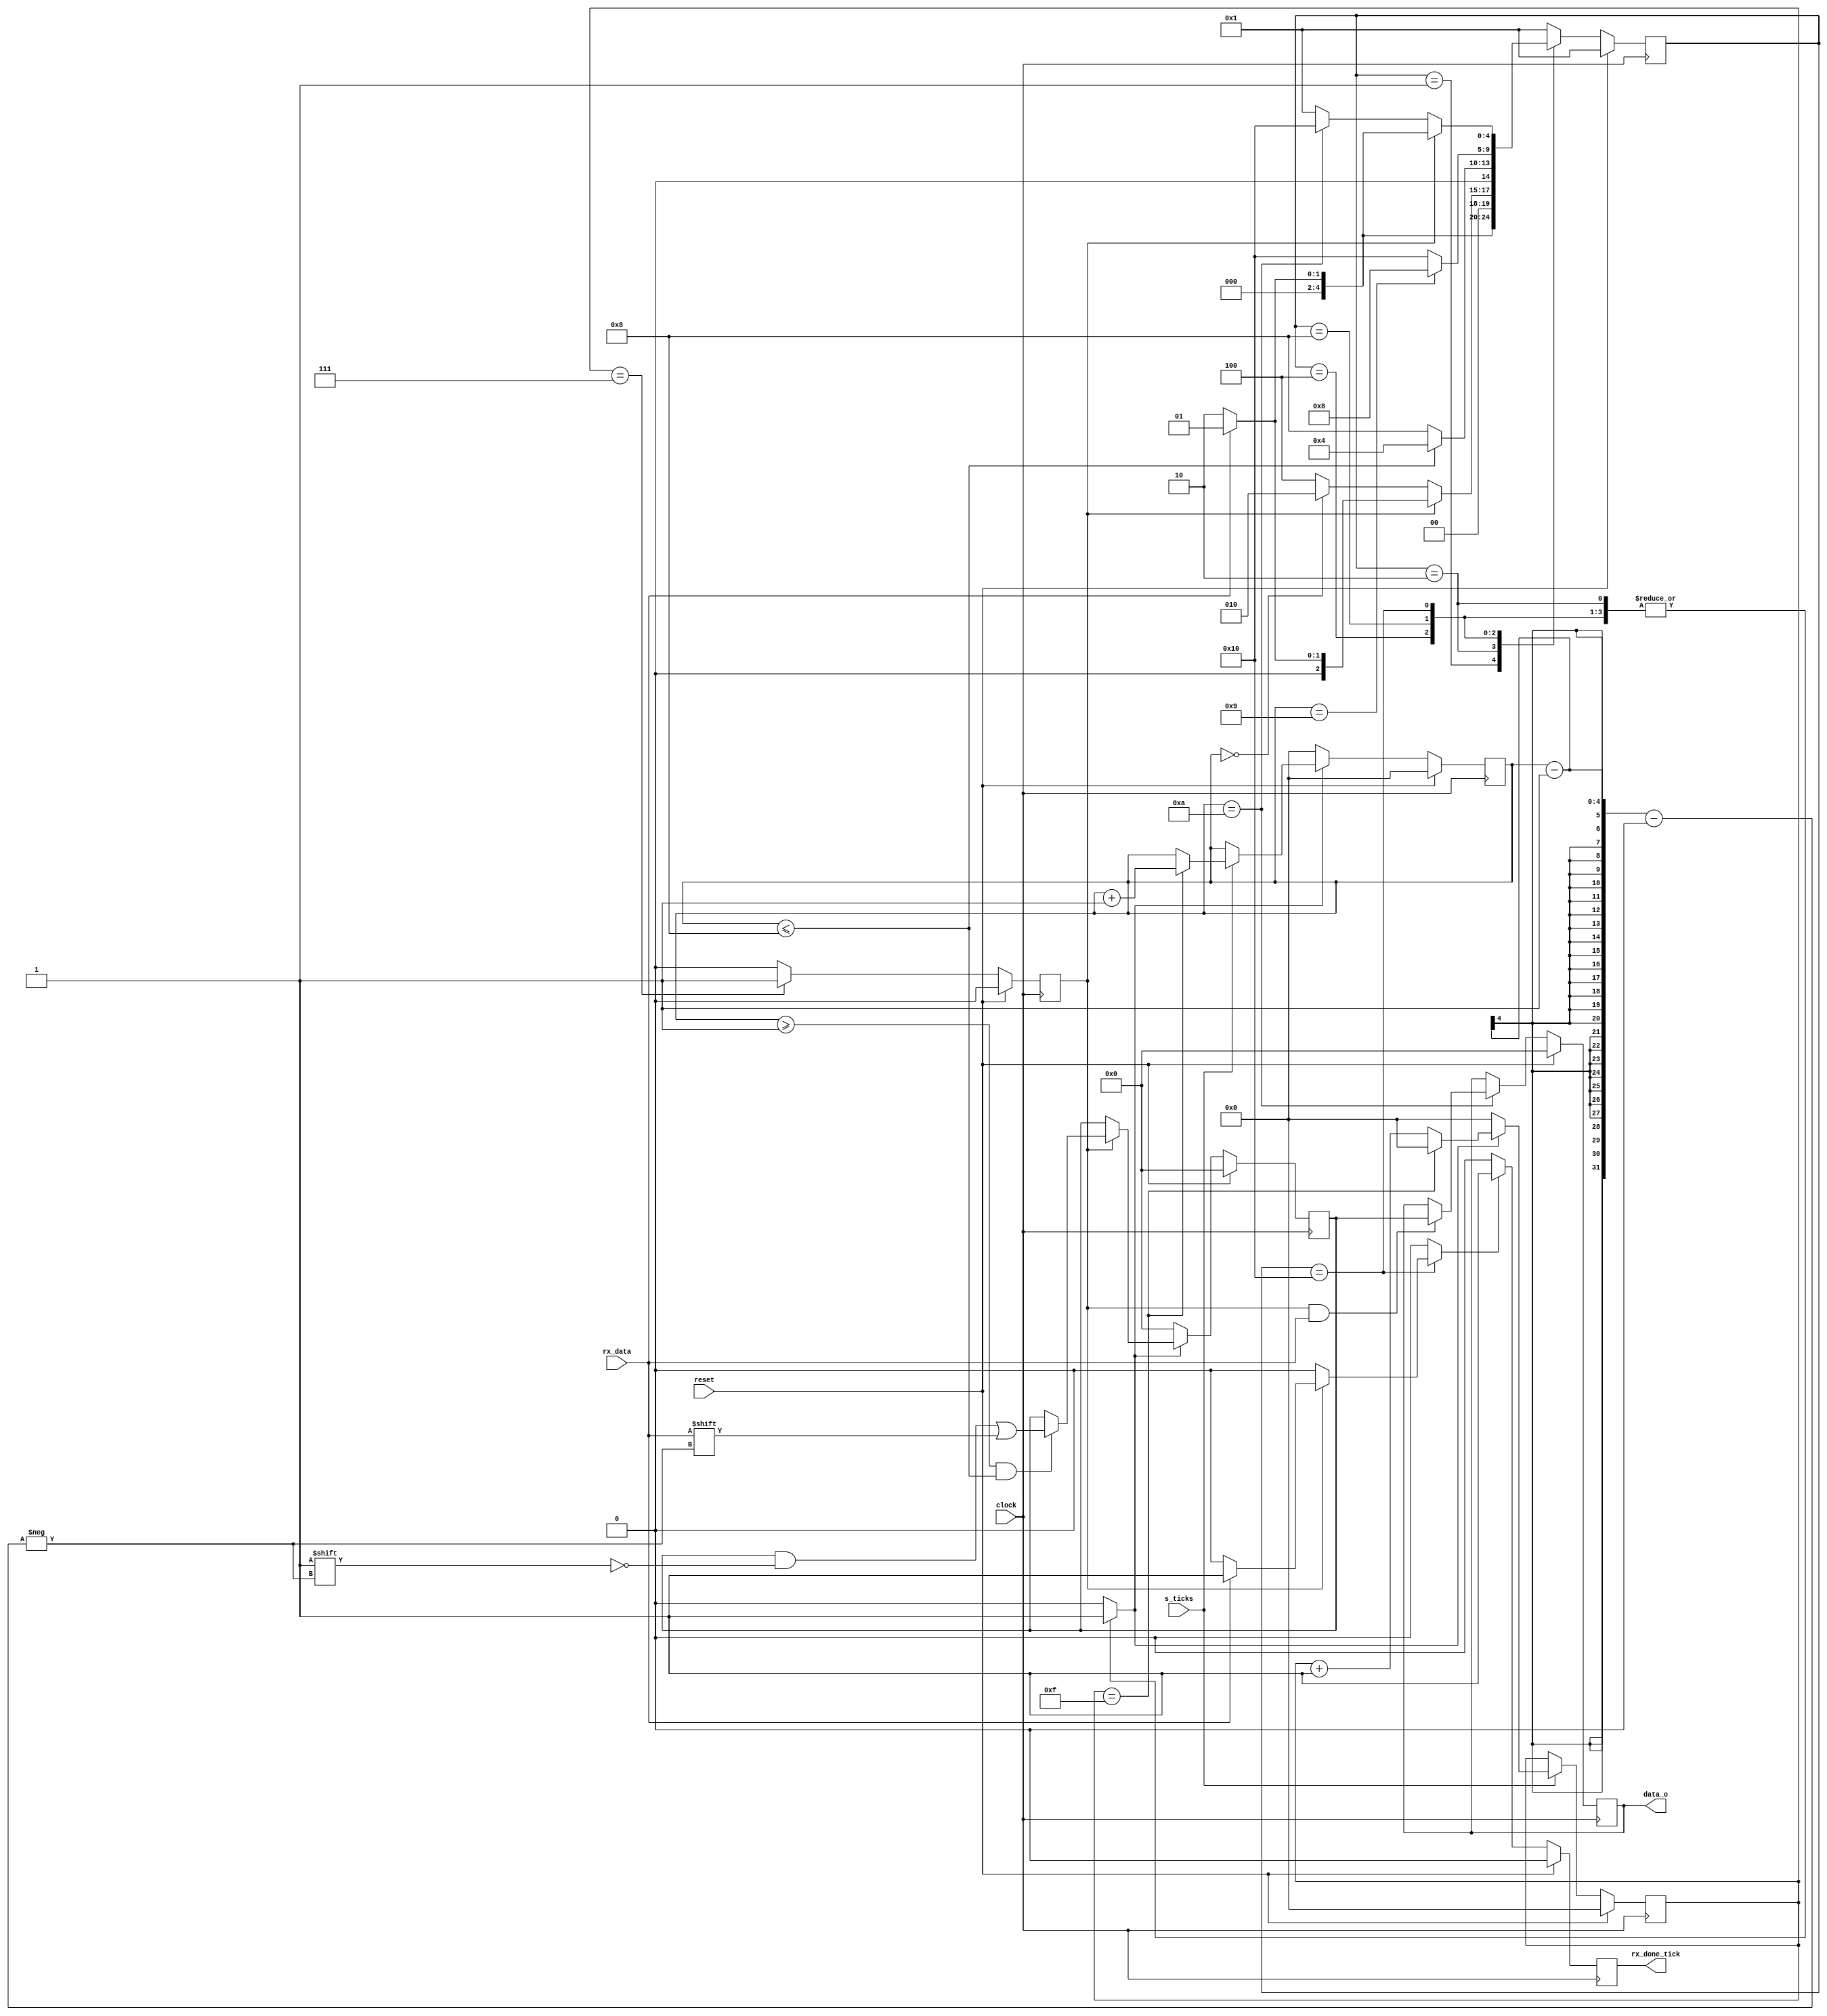
`timescale 10ns / 1ps
module rx
	#(
		parameter N_BITS_DATA  = 8,
		parameter N_CONT_TICKS = 4,
		parameter N_BITS_STATE = 5
	)
	(
		input wire s_ticks,
		input wire clock,
		input wire reset,
		input wire rx_data,				
		output wire rx_done_tick,
		output wire [N_BITS_DATA-1:0] data_o
	);
	localparam COUNT_READ_DATA = 16;

	localparam TICKS_SAMPLE = 3'd7;
	
	localparam BIT_START    = 4'd0;
	localparam BIT_DATA     = 4'd8;
	localparam BIT_PARITY   = 4'd9;
	localparam BIT_STOP     = 4'd10;

	localparam 	[N_BITS_STATE-1:0]          Idle   =  5'b00001;
	localparam 	[N_BITS_STATE-1:0]			Start  =  5'b00010;
	localparam 	[N_BITS_STATE-1:0]			Data   =  5'b00100;
	localparam	[N_BITS_STATE-1:0]			Parity =  5'b01000;
	localparam	[N_BITS_STATE-1:0]			Stop   =  5'b10000;

		
	reg [N_CONT_TICKS-1:0] count_ticks;
	reg [N_CONT_TICKS-1:0] count_bit;
    reg  reg_done_tick, rx_flag, bit_flag, en_reg_done_ticks;
	reg [N_BITS_STATE-1:0] state, next_state;
	reg [N_BITS_DATA-1:0] shift_reg, reg_data_o;
	

	always @(posedge clock) //cambio de estado
		begin		
			if (reset)
				state <= Idle;							
				
			else
				state <= next_state;
		end	

	/* seal de mitad de bit*/
	always @(posedge clock)

		begin
			if(reset)
				bit_flag <= 1'b0;
			else 
				if (count_ticks == TICKS_SAMPLE)
					bit_flag <= 1'b1;
				else 
					bit_flag <= 1'b0;
		end


    /* conteo de  ticks */
	always @(posedge clock) 
		begin: COUNT_TICKS		
			if (reset)
				count_ticks <= {N_CONT_TICKS{1'b0}};		
			
			else
				begin
					if (s_ticks)
						begin
							if (rx_flag)
								begin									
									if (count_ticks == (COUNT_READ_DATA-1))
										count_ticks <= {N_CONT_TICKS{1'b0}};
									else
										count_ticks <= count_ticks + {{N_CONT_TICKS-1{1'b0}},1'b1};
								end		

							else
								count_ticks <= {N_CONT_TICKS{1'b0}};
						end
					else
						count_ticks <= count_ticks;
				end			 
		end

	/* conteo de bits */

	always @(posedge clock) 

		begin	
			if (reset)
				count_bit <= {N_CONT_TICKS{1'b0}};
			
			else
				begin
					if (rx_flag)
						begin
							if (s_ticks)
								begin									
									if (count_ticks == (COUNT_READ_DATA-1))
											count_bit <= count_bit + {{N_CONT_TICKS-1{1'b0}},1'b1};
									
									else
										count_bit <= count_bit;
								end		

							else
								count_bit <= count_bit;								
						end
					else
						count_bit <= {N_CONT_TICKS{1'b0}};				
					
				end			 
		end	


 	/* Guardado de datos */
	always @(posedge clock)
		begin
			if (reset)
				shift_reg <= {N_BITS_DATA{1'b0}};
			else 
				if(rx_flag)
					if(bit_flag)
						if (count_bit >= 4'd1 && count_bit <= BIT_DATA)
							shift_reg [count_bit-1] <= rx_data; 
						else
							shift_reg <= shift_reg;
					else 
						shift_reg <= shift_reg;
				else 
					shift_reg <= {N_BITS_DATA{1'b0}};
		end

	/* envio de una seal de dato valido a la interfaz RXTX*/
	always @(posedge clock)
		begin
			if (reset)
				reg_done_tick <= 1'b0;

			else
				if (en_reg_done_ticks)
					reg_done_tick <= 1'b1;
				else
					reg_done_tick <= 1'b0;			

		end
    /* Envio la trama recibida a la salida cuando ya haya terminado de recibir la trama*/
	always @(posedge clock)
		begin
			if (reset)
				reg_data_o <= 8'b0;

			else
				if (count_bit ==  BIT_STOP)
					if (bit_flag && rx_data)
						reg_data_o <= shift_reg;
					else
						reg_data_o <= reg_data_o;
				else
					reg_data_o <= reg_data_o;
        end

	always @(*)//logica de cambio de estado
		begin: next_state_logic		
			
			rx_flag = 1'b0;
			en_reg_done_ticks = 1'b0;	
			next_state = state;

			case (state)
				Idle:
					begin : STATE_IDLE
						rx_flag = 1'b0;						
						next_state = (rx_data) ? Idle : Start;
					end
				
				Start:
					begin: STATE_START					
						rx_flag = 1'b1;
						if (bit_flag)
							begin
								if (rx_data)
									next_state = Idle;
								else
									next_state = Start;
							end
						else
							next_state = (count_bit == BIT_START) ? Start : Data; 
					end
				
				Data: 
					begin: STATE_DATA
						rx_flag = 1'b1;
						next_state = (count_bit <= BIT_DATA) ? Data : Parity;
					end			
				
				Parity: 
					begin : STATE_PARITY
						rx_flag = 1'b1;
						next_state = (count_bit == BIT_PARITY) ? Parity : Stop;
					end
				Stop:
					begin: STATE_STOP
						rx_flag = 1'b1;
						if (bit_flag)
							begin
								if (rx_data)
									 begin
                                        next_state = Idle;
                                        en_reg_done_ticks = 1'b1;
                                    end
								else
									next_state = Start;
							end
						else
							next_state = (count_bit == BIT_STOP) ? Stop : Idle;											
					end
				
				default:
					begin
						rx_flag = 1'b0;						
						next_state = Idle;
					end
				 
				
			endcase
		end

	assign data_o 			 = reg_data_o;	
	assign rx_done_tick		 = reg_done_tick;

		
endmodule